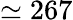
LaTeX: \simeq 267